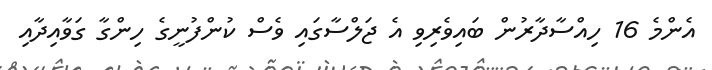
އެންމެ 16 ހިއްސާދާރުން ބައިވެރިވި އެ ޖަލްސާގައި ވެސް ކުންފުނީގެ ހިންގާ ގަވާއިދާއި